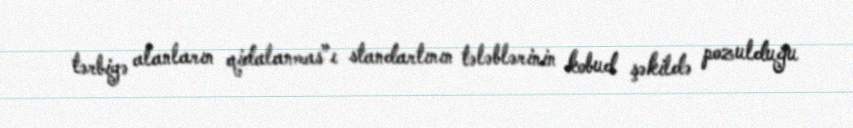
tərbiyə alanların qidalanmas”ı standartının tələblərinin kobud şəkildə pozulduğu